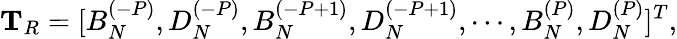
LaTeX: \mathbf{T}_{R}=[B_{N}^{(-P)},D_{N}^{(-P)},B_{N}^{(-P+1)},D_{N}^{(-P+1)},\cdots,B_{N}^{(P)},D_{N}^{(P)}]^{T},